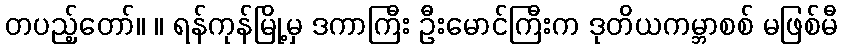
တပည့်တော်။ ။ ရန်ကုန်မြို့မှ ဒကာကြီး ဦးမောင်ကြီးက ဒုတိယကမ္ဘာစစ် မဖြစ်မီ